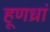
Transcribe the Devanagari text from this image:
हूणध्रां